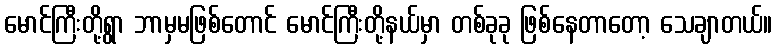
မောင်ကြီးတို့ရွာ ဘာမှမဖြစ်တောင် မောင်ကြီးတို့နယ်မှာ တစ်ခုခု ဖြစ်နေတာတော့ သေချာတယ်။